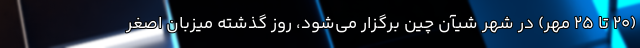
(۲۰ تا ۲۵ مهر) در شهر شیآن چین برگزار می‌شود، روز گذشته میزبان اصغر